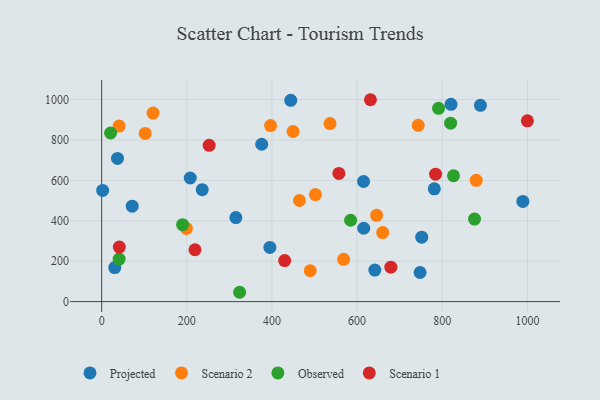
{"axis": {"x": "Experience", "y": "Demand"}, "legend": ["Observed", "Projected", "Scenario 1", "Scenario 2"], "data": [{"x": "889.7", "y": 971.6, "type": "Projected"}, {"x": "395.2", "y": 268.1, "type": "Projected"}, {"x": "315.3", "y": 416.0, "type": "Projected"}, {"x": "30.8", "y": 168.5, "type": "Projected"}, {"x": "376.0", "y": 779.1, "type": "Projected"}, {"x": "748.0", "y": 144.2, "type": "Projected"}, {"x": "208.1", "y": 612.0, "type": "Projected"}, {"x": "444.2", "y": 996.6, "type": "Projected"}, {"x": "781.4", "y": 558.5, "type": "Projected"}, {"x": "71.8", "y": 472.3, "type": "Projected"}, {"x": "615.2", "y": 594.7, "type": "Projected"}, {"x": "2.3", "y": 550.2, "type": "Projected"}, {"x": "989.4", "y": 495.8, "type": "Projected"}, {"x": "236.2", "y": 554.1, "type": "Projected"}, {"x": "820.7", "y": 976.4, "type": "Projected"}, {"x": "641.7", "y": 156.1, "type": "Projected"}, {"x": "751.9", "y": 318.9, "type": "Projected"}, {"x": "37.2", "y": 708.7, "type": "Projected"}, {"x": "615.6", "y": 363.2, "type": "Projected"}, {"x": "743.6", "y": 872.5, "type": "Scenario 2"}, {"x": "645.9", "y": 426.9, "type": "Scenario 2"}, {"x": "502.2", "y": 529.8, "type": "Scenario 2"}, {"x": "490.0", "y": 152.7, "type": "Scenario 2"}, {"x": "396.8", "y": 871.3, "type": "Scenario 2"}, {"x": "102.2", "y": 832.8, "type": "Scenario 2"}, {"x": "120.6", "y": 933.2, "type": "Scenario 2"}, {"x": "879.8", "y": 600.2, "type": "Scenario 2"}, {"x": "199.1", "y": 362.3, "type": "Scenario 2"}, {"x": "41.0", "y": 869.1, "type": "Scenario 2"}, {"x": "449.6", "y": 842.2, "type": "Scenario 2"}, {"x": "536.4", "y": 881.5, "type": "Scenario 2"}, {"x": "568.4", "y": 209.2, "type": "Scenario 2"}, {"x": "660.2", "y": 341.6, "type": "Scenario 2"}, {"x": "464.7", "y": 500.5, "type": "Scenario 2"}, {"x": "826.5", "y": 623.0, "type": "Observed"}, {"x": "41.1", "y": 210.7, "type": "Observed"}, {"x": "791.4", "y": 956.9, "type": "Observed"}, {"x": "819.7", "y": 883.4, "type": "Observed"}, {"x": "21.0", "y": 834.7, "type": "Observed"}, {"x": "190.1", "y": 380.8, "type": "Observed"}, {"x": "875.9", "y": 408.8, "type": "Observed"}, {"x": "324.1", "y": 46.2, "type": "Observed"}, {"x": "584.8", "y": 402.8, "type": "Observed"}, {"x": "1000.0", "y": 894.9, "type": "Scenario 1"}, {"x": "41.5", "y": 270.2, "type": "Scenario 1"}, {"x": "679.3", "y": 170.6, "type": "Scenario 1"}, {"x": "631.4", "y": 999.4, "type": "Scenario 1"}, {"x": "784.4", "y": 630.9, "type": "Scenario 1"}, {"x": "557.2", "y": 634.6, "type": "Scenario 1"}, {"x": "219.2", "y": 256.6, "type": "Scenario 1"}, {"x": "252.5", "y": 773.9, "type": "Scenario 1"}, {"x": "429.9", "y": 203.2, "type": "Scenario 1"}]}